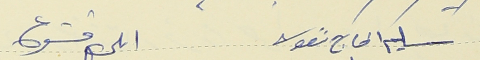
سليم الحاج نقولا ايلي قشوع